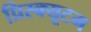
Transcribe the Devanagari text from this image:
प्रिस्क्यूटम